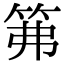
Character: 笰